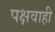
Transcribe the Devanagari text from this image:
पक्षवाही